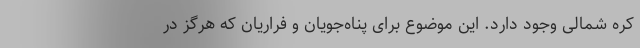
کره شمالی وجود دارد. این موضوع برای پناه‌جویان و فراریان که هرگز در